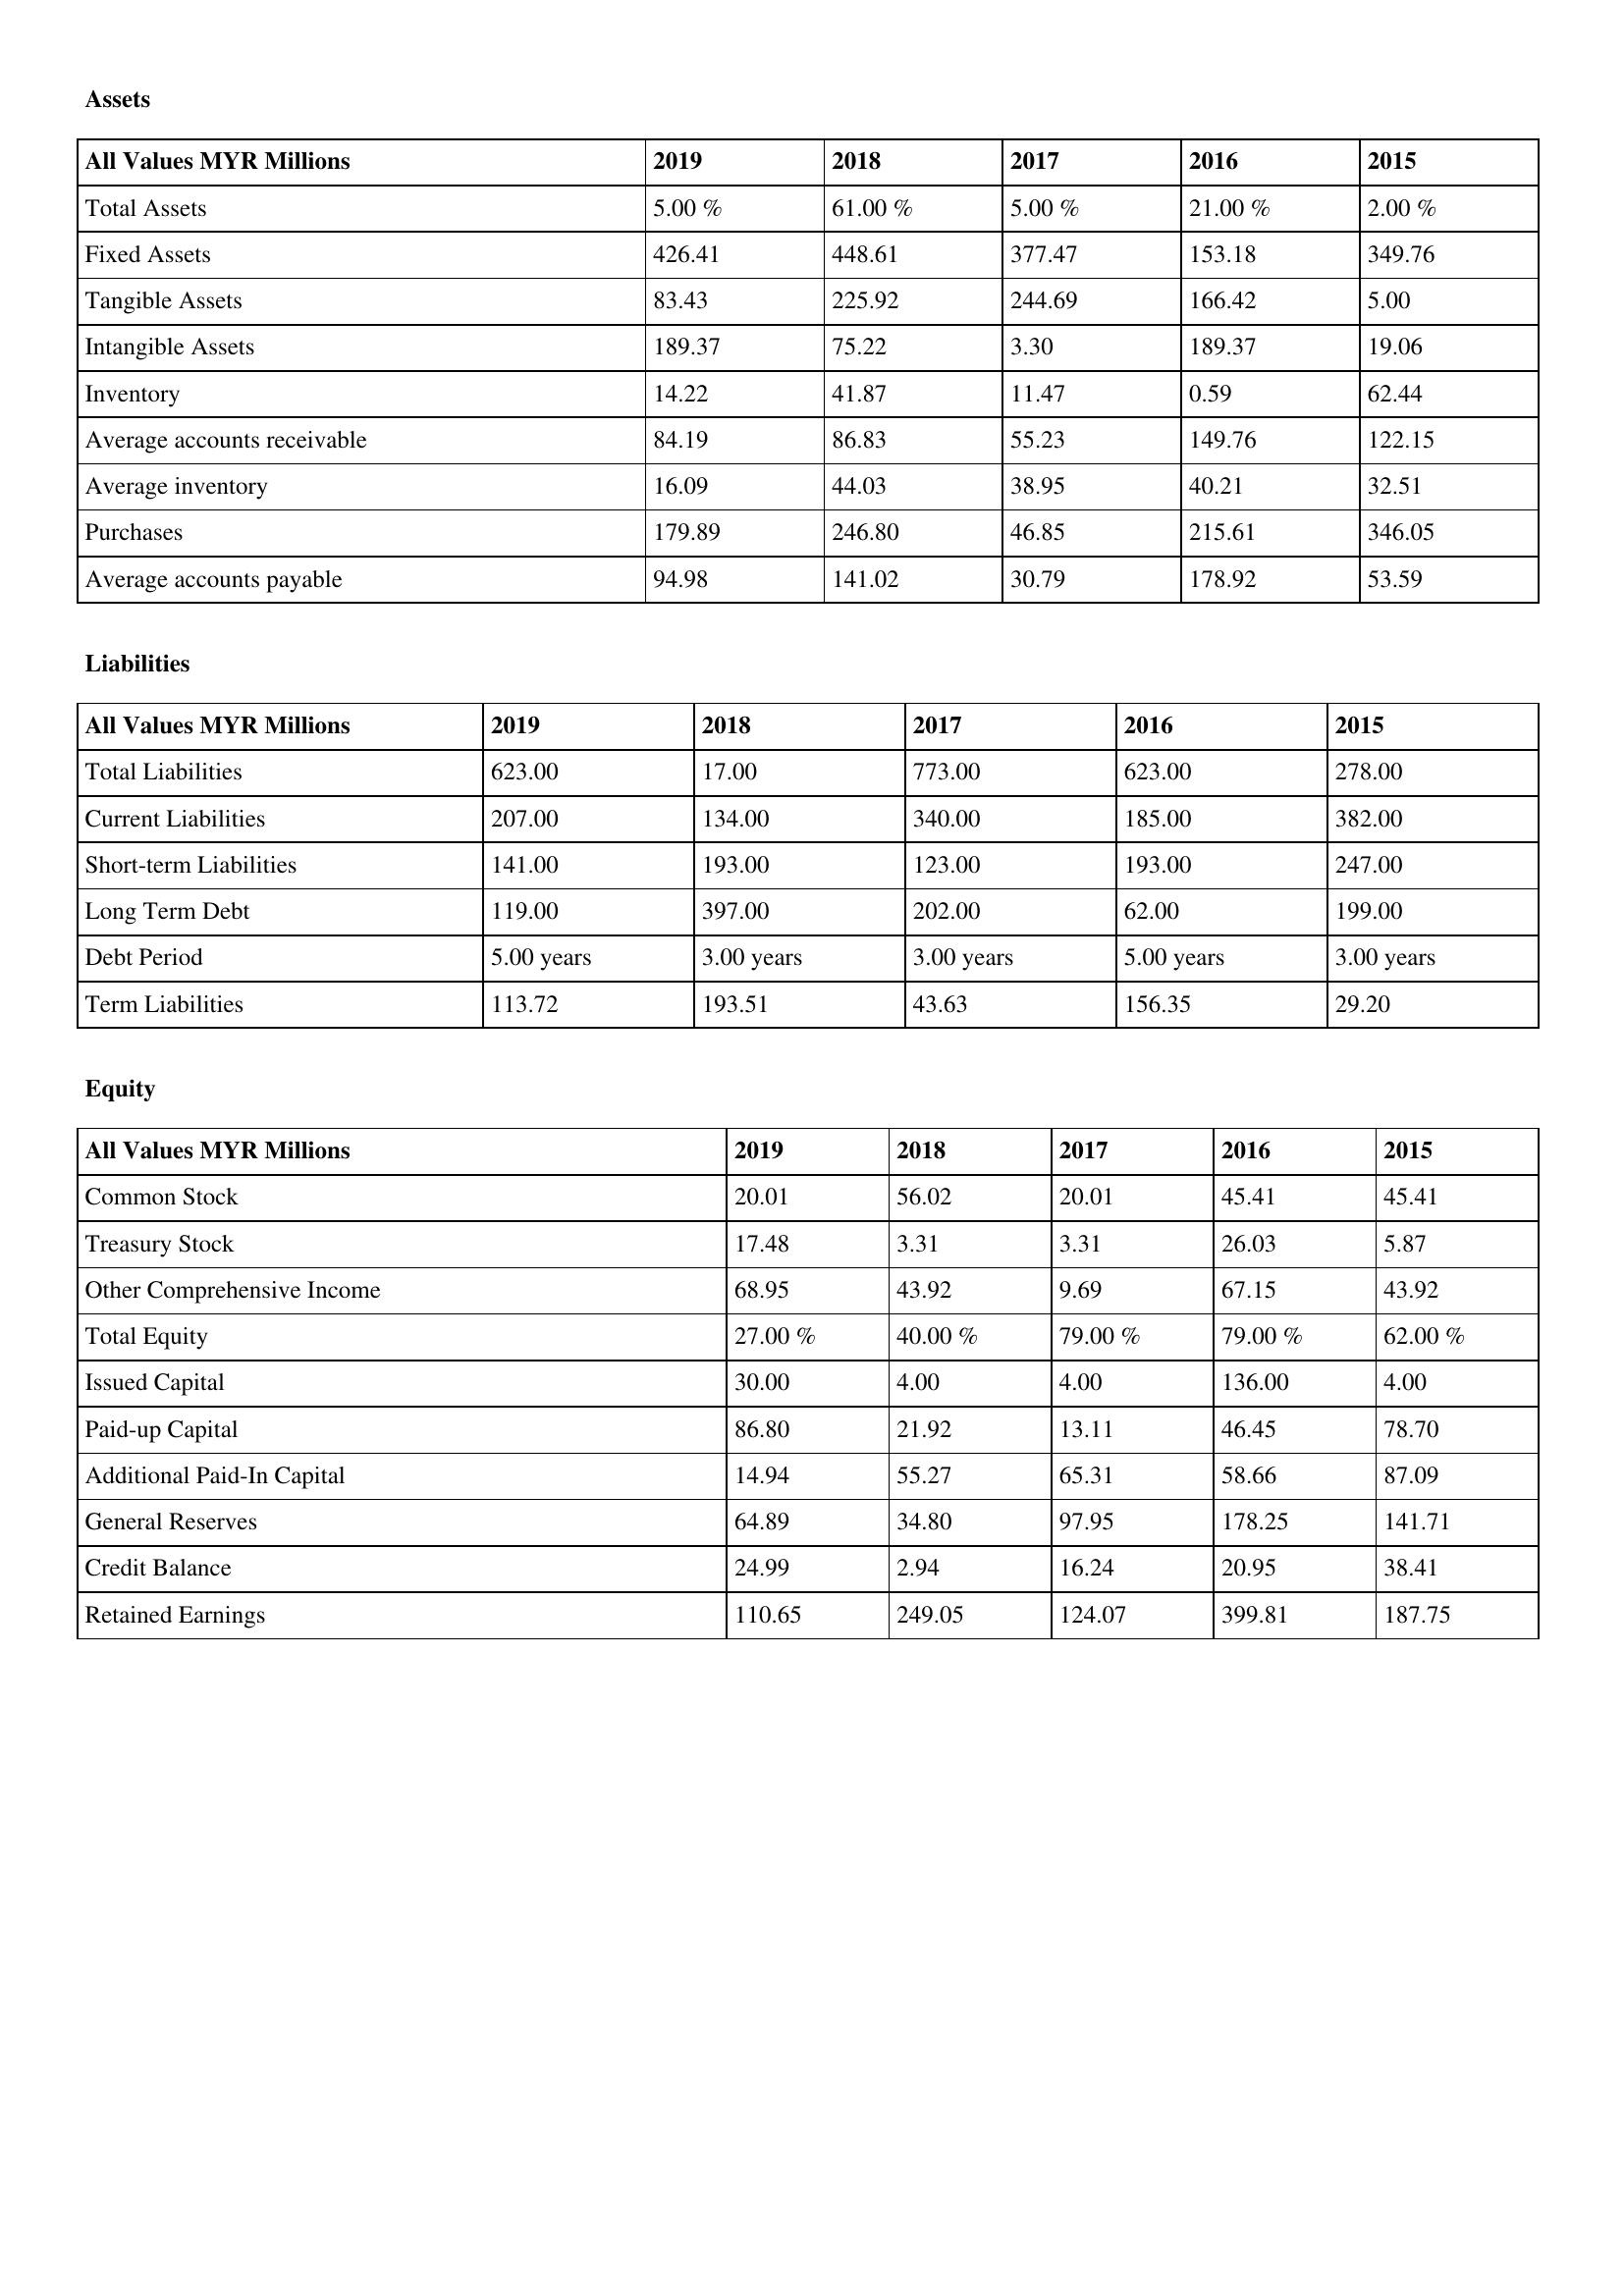
gt_parse: 2019: Assets: Total Assets: 5.00 %
Fixed Assets: 426.41
Tangible Assets: 83.43
Intangible Assets: 189.37
Inventory: 14.22
Average accounts receivable: 84.19
Average inventory: 16.09
Purchases: 179.89
Average accounts payable: 94.98
Liabilities: Total Liabilities: 623.00
Current Liabilities: 207.00
Short-term Liabilities: 141.00
Long Term Debt: 119.00
Debt Period: 5.00 years
Term Liabilities: 113.72
Equity: Common Stock: 20.01
Treasury Stock: 17.48
Other Comprehensive Income: 68.95
Total Equity: 27.00 %
Issued Capital: 30.00
Paid-up Capital: 86.80
Additional Paid-In Capital: 14.94
General Reserves: 64.89
Credit Balance: 24.99
Retained Earnings: 110.65
2018: Assets: Total Assets: 61.00 %
Fixed Assets: 448.61
Tangible Assets: 225.92
Intangible Assets: 75.22
Inventory: 41.87
Average accounts receivable: 86.83
Average inventory: 44.03
Purchases: 246.80
Average accounts payable: 141.02
Liabilities: Total Liabilities: 17.00
Current Liabilities: 134.00
Short-term Liabilities: 193.00
Long Term Debt: 397.00
Debt Period: 3.00 years
Term Liabilities: 193.51
Equity: Common Stock: 56.02
Treasury Stock: 3.31
Other Comprehensive Income: 43.92
Total Equity: 40.00 %
Issued Capital: 4.00
Paid-up Capital: 21.92
Additional Paid-In Capital: 55.27
General Reserves: 34.80
Credit Balance: 2.94
Retained Earnings: 249.05
2017: Assets: Total Assets: 5.00 %
Fixed Assets: 377.47
Tangible Assets: 244.69
Intangible Assets: 3.30
Inventory: 11.47
Average accounts receivable: 55.23
Average inventory: 38.95
Purchases: 46.85
Average accounts payable: 30.79
Liabilities: Total Liabilities: 773.00
Current Liabilities: 340.00
Short-term Liabilities: 123.00
Long Term Debt: 202.00
Debt Period: 3.00 years
Term Liabilities: 43.63
Equity: Common Stock: 20.01
Treasury Stock: 3.31
Other Comprehensive Income: 9.69
Total Equity: 79.00 %
Issued Capital: 4.00
Paid-up Capital: 13.11
Additional Paid-In Capital: 65.31
General Reserves: 97.95
Credit Balance: 16.24
Retained Earnings: 124.07
2016: Assets: Total Assets: 21.00 %
Fixed Assets: 153.18
Tangible Assets: 166.42
Intangible Assets: 189.37
Inventory: 0.59
Average accounts receivable: 149.76
Average inventory: 40.21
Purchases: 215.61
Average accounts payable: 178.92
Liabilities: Total Liabilities: 623.00
Current Liabilities: 185.00
Short-term Liabilities: 193.00
Long Term Debt: 62.00
Debt Period: 5.00 years
Term Liabilities: 156.35
Equity: Common Stock: 45.41
Treasury Stock: 26.03
Other Comprehensive Income: 67.15
Total Equity: 79.00 %
Issued Capital: 136.00
Paid-up Capital: 46.45
Additional Paid-In Capital: 58.66
General Reserves: 178.25
Credit Balance: 20.95
Retained Earnings: 399.81
2015: Assets: Total Assets: 2.00 %
Fixed Assets: 349.76
Tangible Assets: 5.00
Intangible Assets: 19.06
Inventory: 62.44
Average accounts receivable: 122.15
Average inventory: 32.51
Purchases: 346.05
Average accounts payable: 53.59
Liabilities: Total Liabilities: 278.00
Current Liabilities: 382.00
Short-term Liabilities: 247.00
Long Term Debt: 199.00
Debt Period: 3.00 years
Term Liabilities: 29.20
Equity: Common Stock: 45.41
Treasury Stock: 5.87
Other Comprehensive Income: 43.92
Total Equity: 62.00 %
Issued Capital: 4.00
Paid-up Capital: 78.70
Additional Paid-In Capital: 87.09
General Reserves: 141.71
Credit Balance: 38.41
Retained Earnings: 187.75